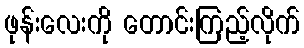
ဖုန်းလေးကို တောင်းကြည့်လိုက်